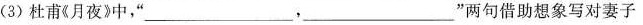
(3)杜甫《月夜》中，”___，___”两句借助想象写对妻子